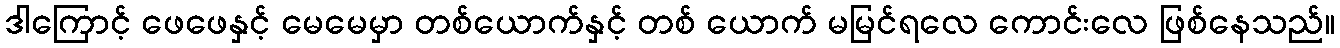
ဒါကြောင့် ဖေဖေနှင့် မေမေမှာ တစ်ယောက်နှင့် တစ် ယောက် မမြင်ရလေ ကောင်းလေ ဖြစ်နေသည်။